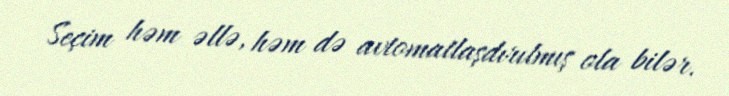
Seçim həm əllə, həm də avtomatlaşdırılmış ola bilər.